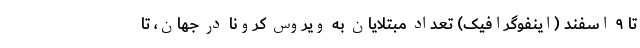
تا ۹ اسفند (اینفوگرافیک) تعداد مبتلایان به ویروس کرونا در جهان، تا